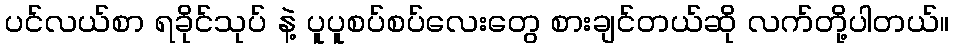
ပင်လယ်စာ ရခိုင်သုပ် နဲ့ ပူပူစပ်စပ်လေးတွေ စားချင်တယ်ဆို လက်တို့ပါတယ်။